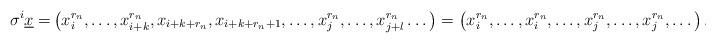
LaTeX: \begin{align*}\sigma^i\underline{x}=&\left(x_i^{r_n},\dots,x_{i+k}^{r_n},x_{i+k+r_n},x_{i+k+r_n+1},\dots,x_j^{r_n},\dots,x_{j+l}^{r_n}\dots\right)=\left(x_i^{r_n},\dots,x_i^{r_n},\dots,x_j^{r_n},\dots,x_j^{r_n},\dots\right).\end{align*}